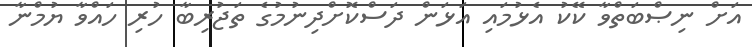
އަށް ނިޞްބަތްވާ ކޭކު އެޅުމައި އަޅަން ދަސްކޮށްދިނުމުގެ ތަޖުރިބާ ހުރި ހައްވާ ޔުމްނާ